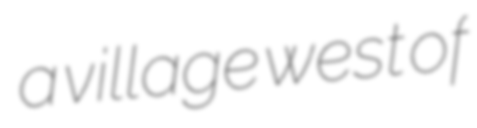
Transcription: a village west of